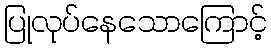
ပြုလုပ်နေသောကြောင့်